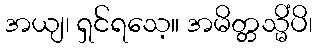
အယျ၊ ရှင်ရသေ့။ အမိတ္တသ္မိံပိ၊